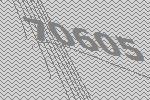
70605